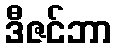
ဒီဇင်ဘာ